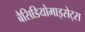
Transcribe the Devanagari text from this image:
बैसिडियोमाइसेट्स